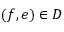
( f , e ) \in D